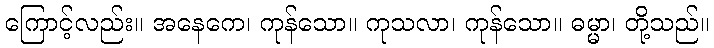
ကြောင့်လည်း။ အနေကေ၊ ကုန်သော။ ကုသလာ၊ ကုန်သော။ ဓမ္မာ၊ တို့သည်။